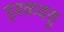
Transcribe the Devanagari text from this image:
इश्कवसु